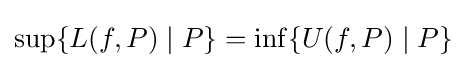
\sup\{L(f,P)\mid P\}=\inf\{U(f,P)\mid P\}